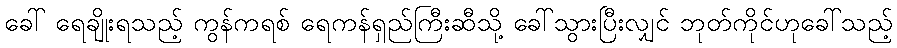
ခေါ် ရေချိုးရသည့် ကွန်ကရစ် ရေကန်ရှည်ကြီးဆီသို့ ခေါ်သွားပြီးလျှင် ဘုတ်ကိုင်ဟုခေါ်သည့်